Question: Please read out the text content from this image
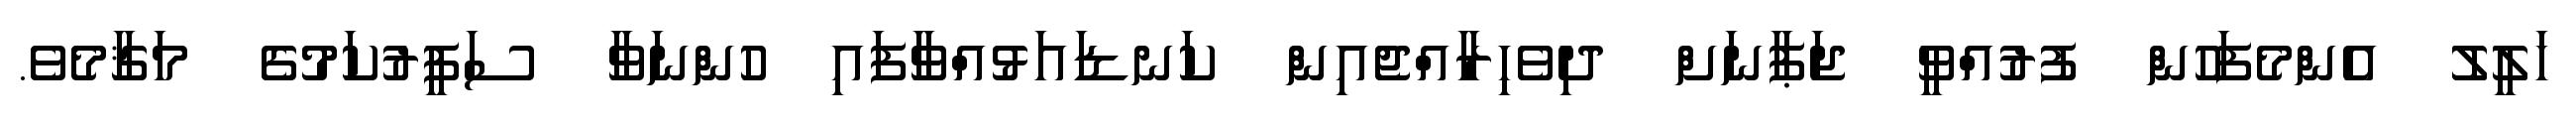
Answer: ޚަލީލު އެންމެފަހުން ފުރުއްވީ ޖަޕާނަށް ދިވެހިރާއްޖެއިން ކަނޑައަޅުއްވާފައި ހުންނަވާ ސަފީރުކަމުގެ މަޤާމެވެ.